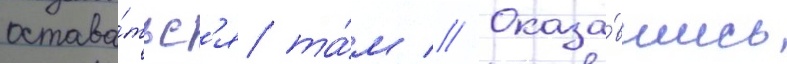
остава́тьс'я та́м // Оказа́вшись